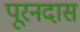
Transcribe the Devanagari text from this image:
पूरनदास